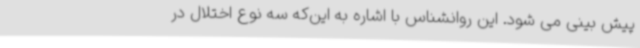
پیش بینی می شود. این روانشناس با اشاره به این‌که سه نوع اختلال در